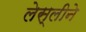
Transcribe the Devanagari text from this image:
लेस्‍लीने